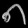
Digit: ၈